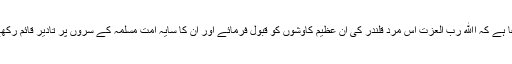
دعا ہے کہ اﷲ رب العزت اِس مردِ قلندر کی اِن عظیم کاوشوں کو قبول فرمائے اور ان کا سایہ اُمتِ مسلمہ کے سروں پر تادیر قائم رکھے۔